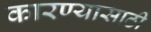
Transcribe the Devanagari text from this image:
कारण्यासाठी